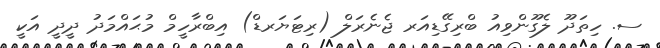
ސ. ހިތަދޫ ލެގޫންވިއު ބްރިގޭޑިއަރ ޖެނެރަލް (ރިޓަޔަރޑް) އިބްރާހީމް މުޙައްމަދު ދީދީ އަކީ